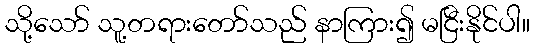
သို့သော် သူ့တရားတော်သည် နာကြား၍ မငြီးနိုင်ပါ။